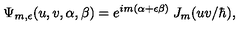
\Psi _ { m , \epsilon } ( u , v , \alpha , \beta ) = e ^ { i m ( \alpha + \epsilon \beta ) } \: J _ { m } ( u v / \hbar ) ,